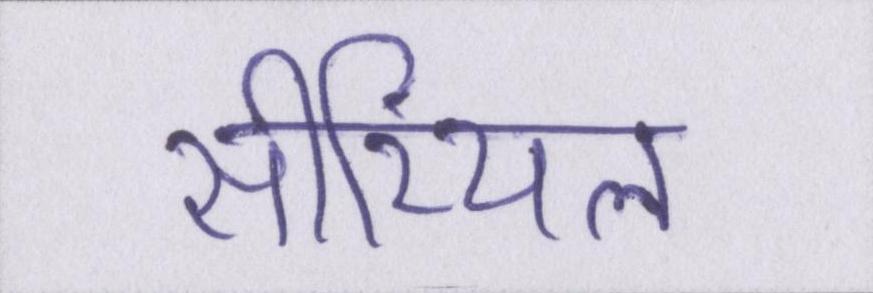
सीरियल